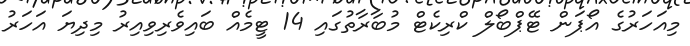
މިއަހަރުގެ އޯޕަން ޓޭޕްބޯލް ކްރިކެޓް މުބާރާތުގައި 14 ޓީމެއް ބައިވެރިވިއިރު މިދިޔަ އަހަރު